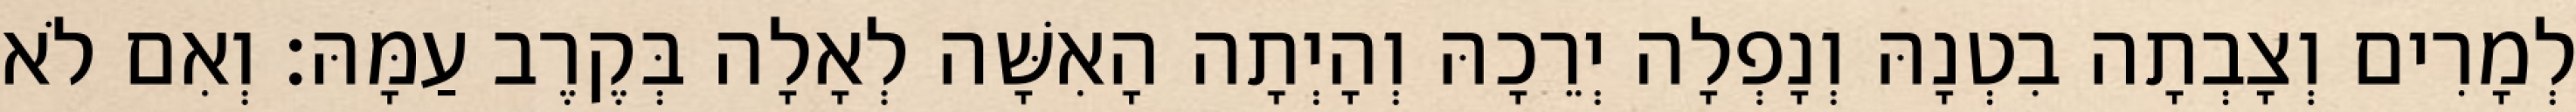
לְמָרִים וְצָבְתָה בִטְנָהּ וְנָפְלָה יְרֵכָהּ וְהָיְתָה הָאִשָּׁה לְאָלָה בְּקֶרֶב עַמָּהּ׃ וְאִם לֹא